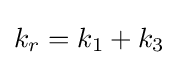
k_{r}=k_{1}+k_{3}